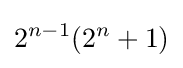
2^{n-1}(2^{n}+1)